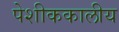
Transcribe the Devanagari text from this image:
पेशीककालीय